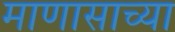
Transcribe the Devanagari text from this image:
माणासाच्या